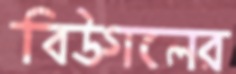
বিউগলের